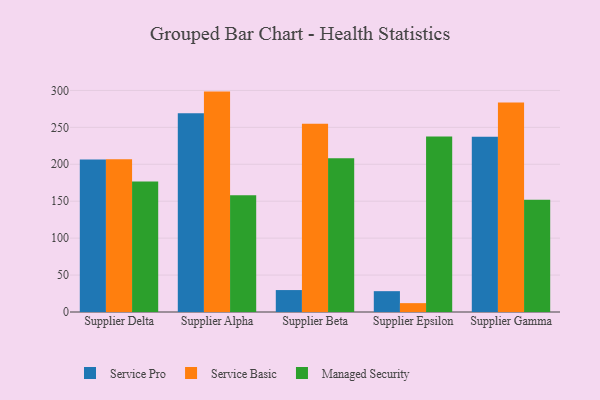
{"axis": {"x": "Supplier", "y": "Inventory Turnover"}, "legend": ["Managed Security", "Service Basic", "Service Pro"], "data": [{"x": "Supplier Delta", "y": 206.6, "type": "Service Pro"}, {"x": "Supplier Delta", "y": 206.9, "type": "Service Basic"}, {"x": "Supplier Delta", "y": 176.6, "type": "Managed Security"}, {"x": "Supplier Alpha", "y": 269.2, "type": "Service Pro"}, {"x": "Supplier Alpha", "y": 298.4, "type": "Service Basic"}, {"x": "Supplier Alpha", "y": 157.9, "type": "Managed Security"}, {"x": "Supplier Beta", "y": 29.7, "type": "Service Pro"}, {"x": "Supplier Beta", "y": 255.0, "type": "Service Basic"}, {"x": "Supplier Beta", "y": 208.0, "type": "Managed Security"}, {"x": "Supplier Epsilon", "y": 28.2, "type": "Service Pro"}, {"x": "Supplier Epsilon", "y": 12.0, "type": "Service Basic"}, {"x": "Supplier Epsilon", "y": 237.6, "type": "Managed Security"}, {"x": "Supplier Gamma", "y": 237.4, "type": "Service Pro"}, {"x": "Supplier Gamma", "y": 283.8, "type": "Service Basic"}, {"x": "Supplier Gamma", "y": 152.1, "type": "Managed Security"}]}